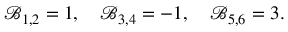
\mathcal { B } _ { 1 , 2 } = 1 , \quad \mathcal { B } _ { 3 , 4 } = - 1 , \quad \mathcal { B } _ { 5 , 6 } = 3 .